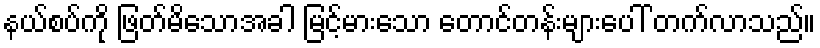
နယ်စပ်ကို ဖြတ်မိသောအခါ မြင့်မားသော တောင်တန်းများပေါ် တက်လာသည်။